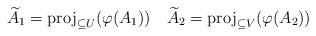
LaTeX: \begin{align*}\widetilde{A}_1 = \mathrm{proj}_{\subseteq U}(\varphi(A_1))\quad\widetilde{A}_2 = \mathrm{proj}_{\subseteq V}(\varphi(A_2))\end{align*}